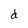
Character: d